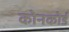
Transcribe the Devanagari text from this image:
कोनकोर्ड